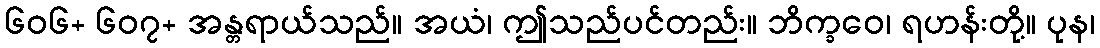
၆၀၆+ ၆၀၇+ အန္တရာယ်သည်။ အယံ၊ ဤသည်ပင်တည်း။ ဘိက္ခဝေ၊ ရဟန်းတို့။ ပုန၊